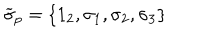
\widetilde { \sigma } _ { p } = \left\{ 1 _ { 2 } , \sigma _ { 1 } , \sigma _ { 2 } , \sigma _ { 3 } \right\}